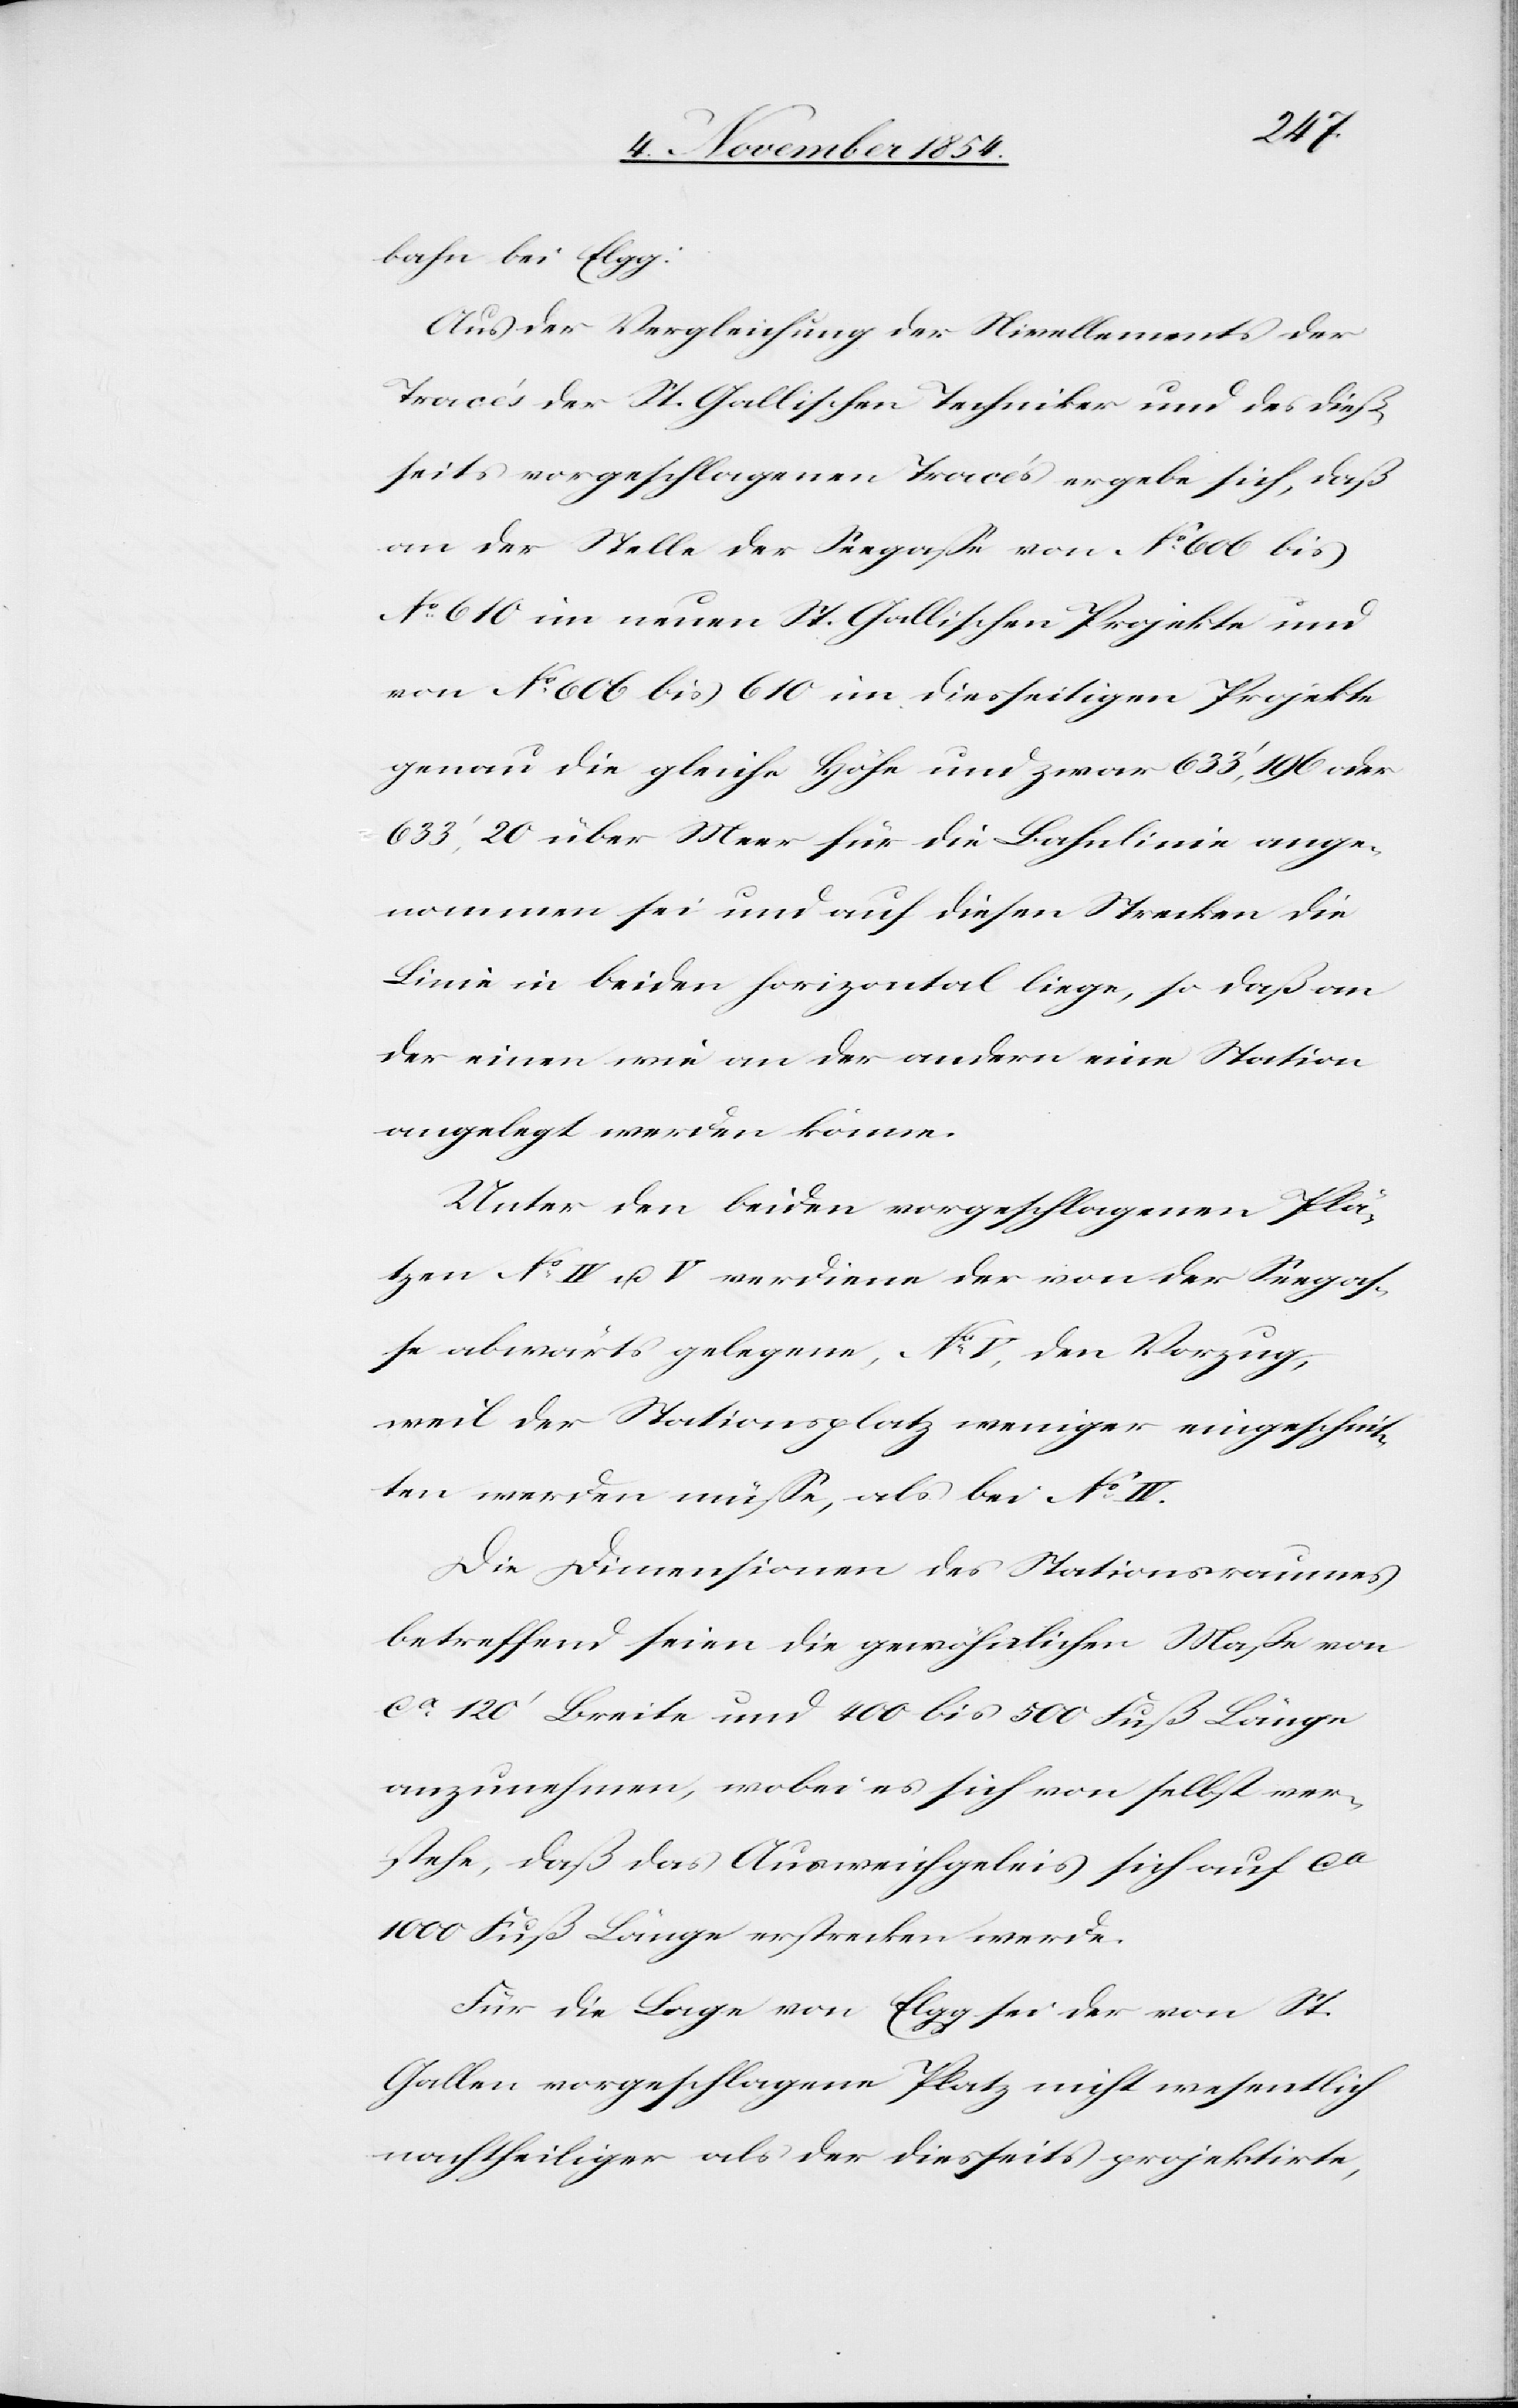
bahn bei Elgg:
Aus der Vergleichung der Nivellements der
Tracés der St. Gallischen Techniker und der dieß¬
seits vorgeschlagenen Tracés ergebe sich, daß
an der Stelle der Seegaße von No 606 bis
No 610 im neuen St. Gallischen Projekte und
von No 606 bis 610 im diesseitigen Projekte
genau die gleiche Höhe und zwar 633‘,196 oder
633‘,20 über Meer für die Bahnlinie ange¬
nommen sei und auf diesen Strecken die
Linie in beiden horizontal liege, so daß an
der einen wie an der andern eine Station
angelegt werden könne.
Unter den beiden vorgeschlagenen Plä¬
tzen No IV u. V verdiene der von der Seegaß¬
e abwärts gelegene, No V, den Vorzug,
weil der Stationsplatz weniger eingeschnit¬
ten werden müße, als bei No IV.
Die Dimensionen des Stationsraumes
betreffend seien die gewöhnlichen Maße von
ca 120‘ Breite und 400 bis 500 Fuß Länge
anzunehmen, wobei es sich von selbst ver¬
stehe, daß das Ausweichgeleis sich auf ca
1000 Fuß Länge erstrecken werde.
Für die Lage von Elgg sei der von St.
Gallen vorgeschlagene Platz nicht wesentlich
nachtheiliger als der diesseits projektirte,